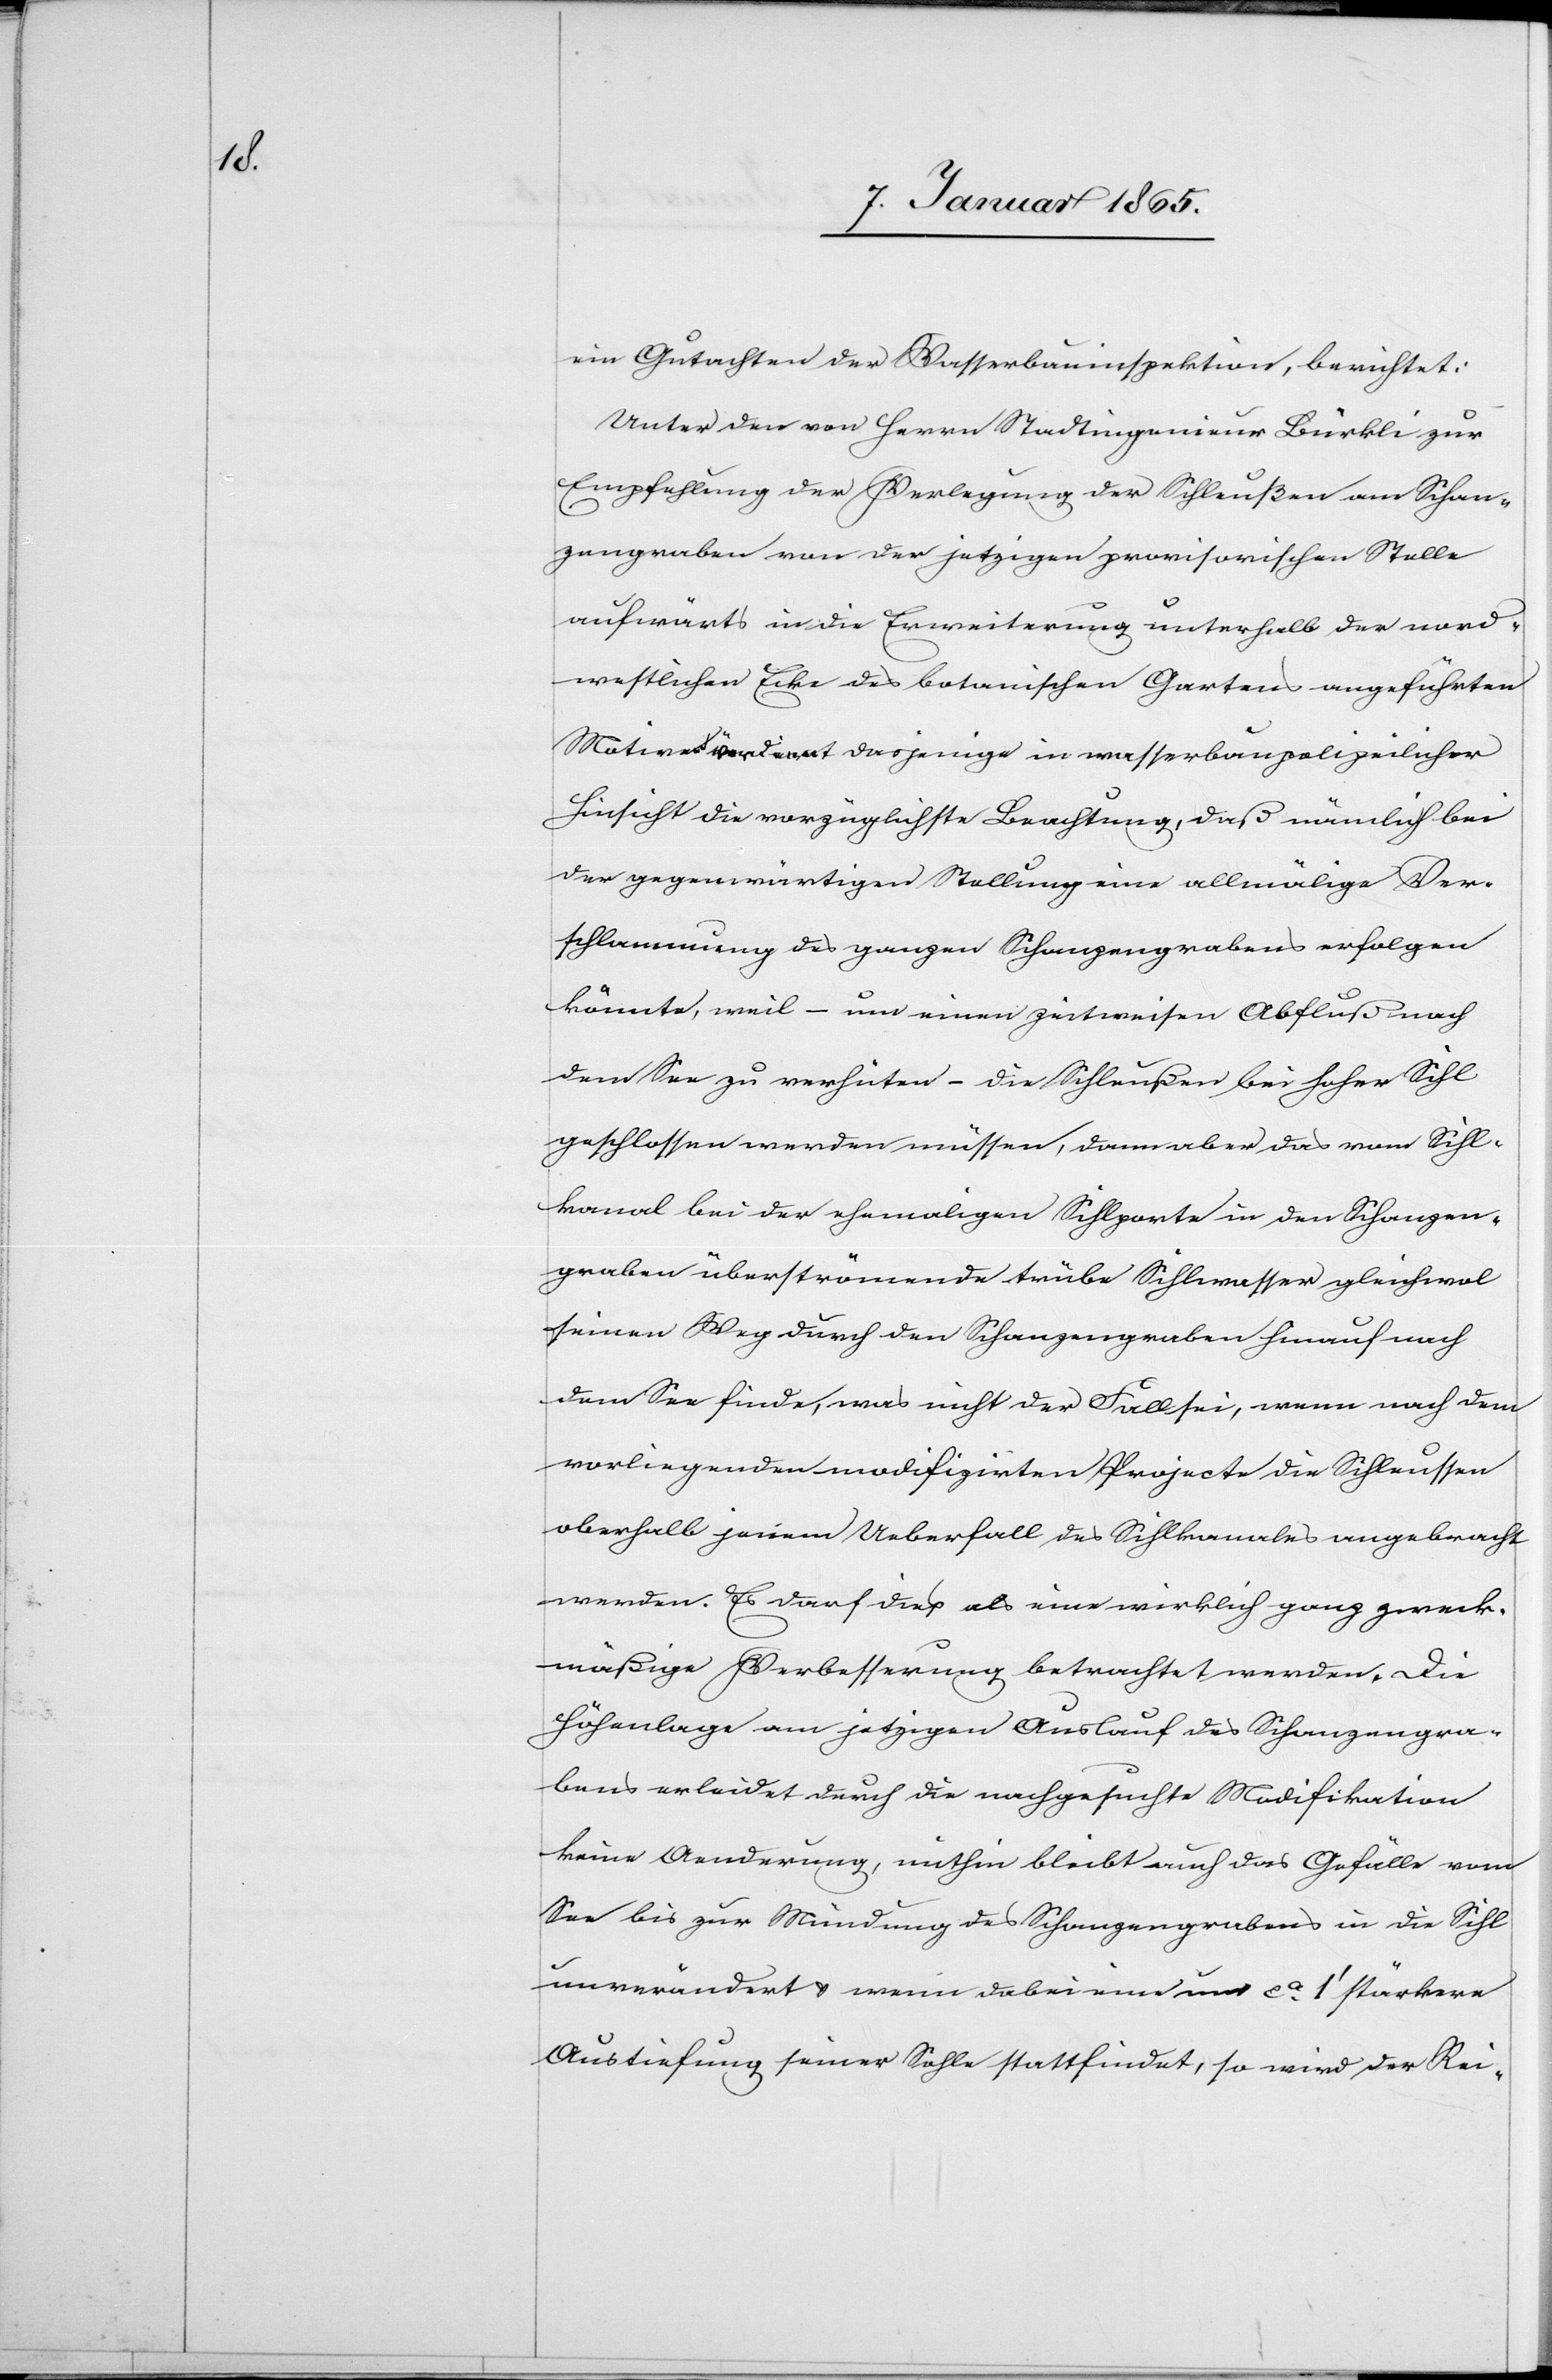
ein Gutachten der Wasserbauinspektion, berichtet:
Unter den von Herrn Stadtingenieur Bürkli zur
Empfehlung der Verlegung der Schleußen am Schan¬
zengraben von der jetzigen provisorischen Stelle
aufwärts in die Erweiterung unterhalb der nord¬
westlichen Ecke des botanischen Gartens angeführten
Motiven verdient dasjenige in wasserbaupolizeilicher
Hinsicht die vorzüglichste Beachtung, daß nämlich bei
der gegenwärtigen Stellung eine allmälige Ver¬
schlammung des ganzen Schanzengrabens erfolgen
könnte, weil – um einen zeitweisen Abfluß nach
dem See zu verhüten – die Schleußen bei hoher Sihl
geschlossen werden müssen, dann aber das vom Sihl¬
kanal bei der ehemaligen Sihlporte in den Schanzen¬
graben überströmende trübe Sihlwasser gleichwol
seinen Weg durch den Schanzengraben hinauf nach
dem See finde, was nicht der Fall sei, wenn nach dem
vorliegenden modifizirten Projecte die Schleussen
oberhalb jenem Ueberfalls des Sihlkanales angebracht
werden. Es darf diese als eine wirklich ganz zweck¬
mäßige Verbesserung betrachtet werden. Die
Höhenlage am jetzigen Auslauf des Schanzengra¬
bens erleidet durch die nachgesuchte Modifikation
keine Aenderung, mithin bleibt auch das Gefälle vom
See bis zur Mündung des Schanzengrabens in die Sihl
unverändert u. wenn dabei eine um ca 1’ stärkere
Austiefung seiner Sohle stattfindet, so wird der Rei-